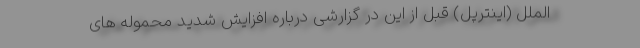
الملل (اینترپل) قبل از این در گزارشی درباره افزایش شدید محموله های